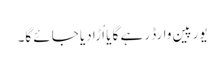
یورپین وارڈ رہے گا یا اُڑا دیا جائے گا۔